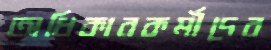
অধিকারকর্মীদের